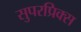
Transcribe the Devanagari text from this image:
सुपरप्रिक्स